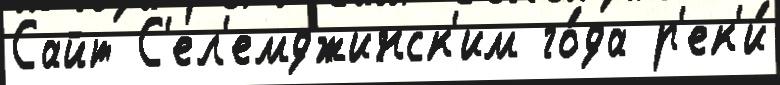
Сайт С'ел'емджинск'им го́да р'ек'и́